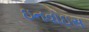
ઇનવોઇસ